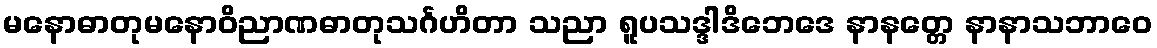
မနောဓာတုမနောဝိညာဏဓာတုသင်္ဂဟိတာ သညာ ရူပသဒ္ဒါဒိဘေဒေ နာနတ္တေ နာနာသဘာဝေ